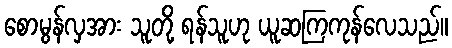
စောမွန်လှအား သူတို့ ရန်သူဟု ယူဆကြကုန်လေသည်။